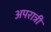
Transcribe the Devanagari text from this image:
अपरात्री